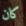
كان